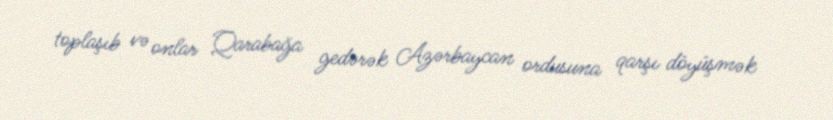
toplaşıb və onlar Qarabağa gedərək Azərbaycan ordusuna qarşı döyüşmək